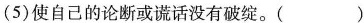
（5）使自己的论断或谎话没有破绽。 （）